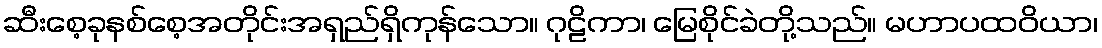
ဆီးစေ့ခုနစ်စေ့အတိုင်းအရှည်ရှိကုန်သော။ ဂုဠိကာ၊ မြေစိုင်ခဲတို့သည်။ မဟာပထဝိယာ၊